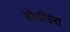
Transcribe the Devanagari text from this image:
सेग्रीला